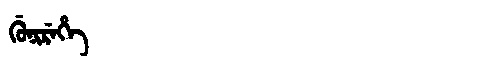
Manchu: ᡤᡠᠨᡳᡵᡝᡥᡝ
Romanization: GUNIREHE